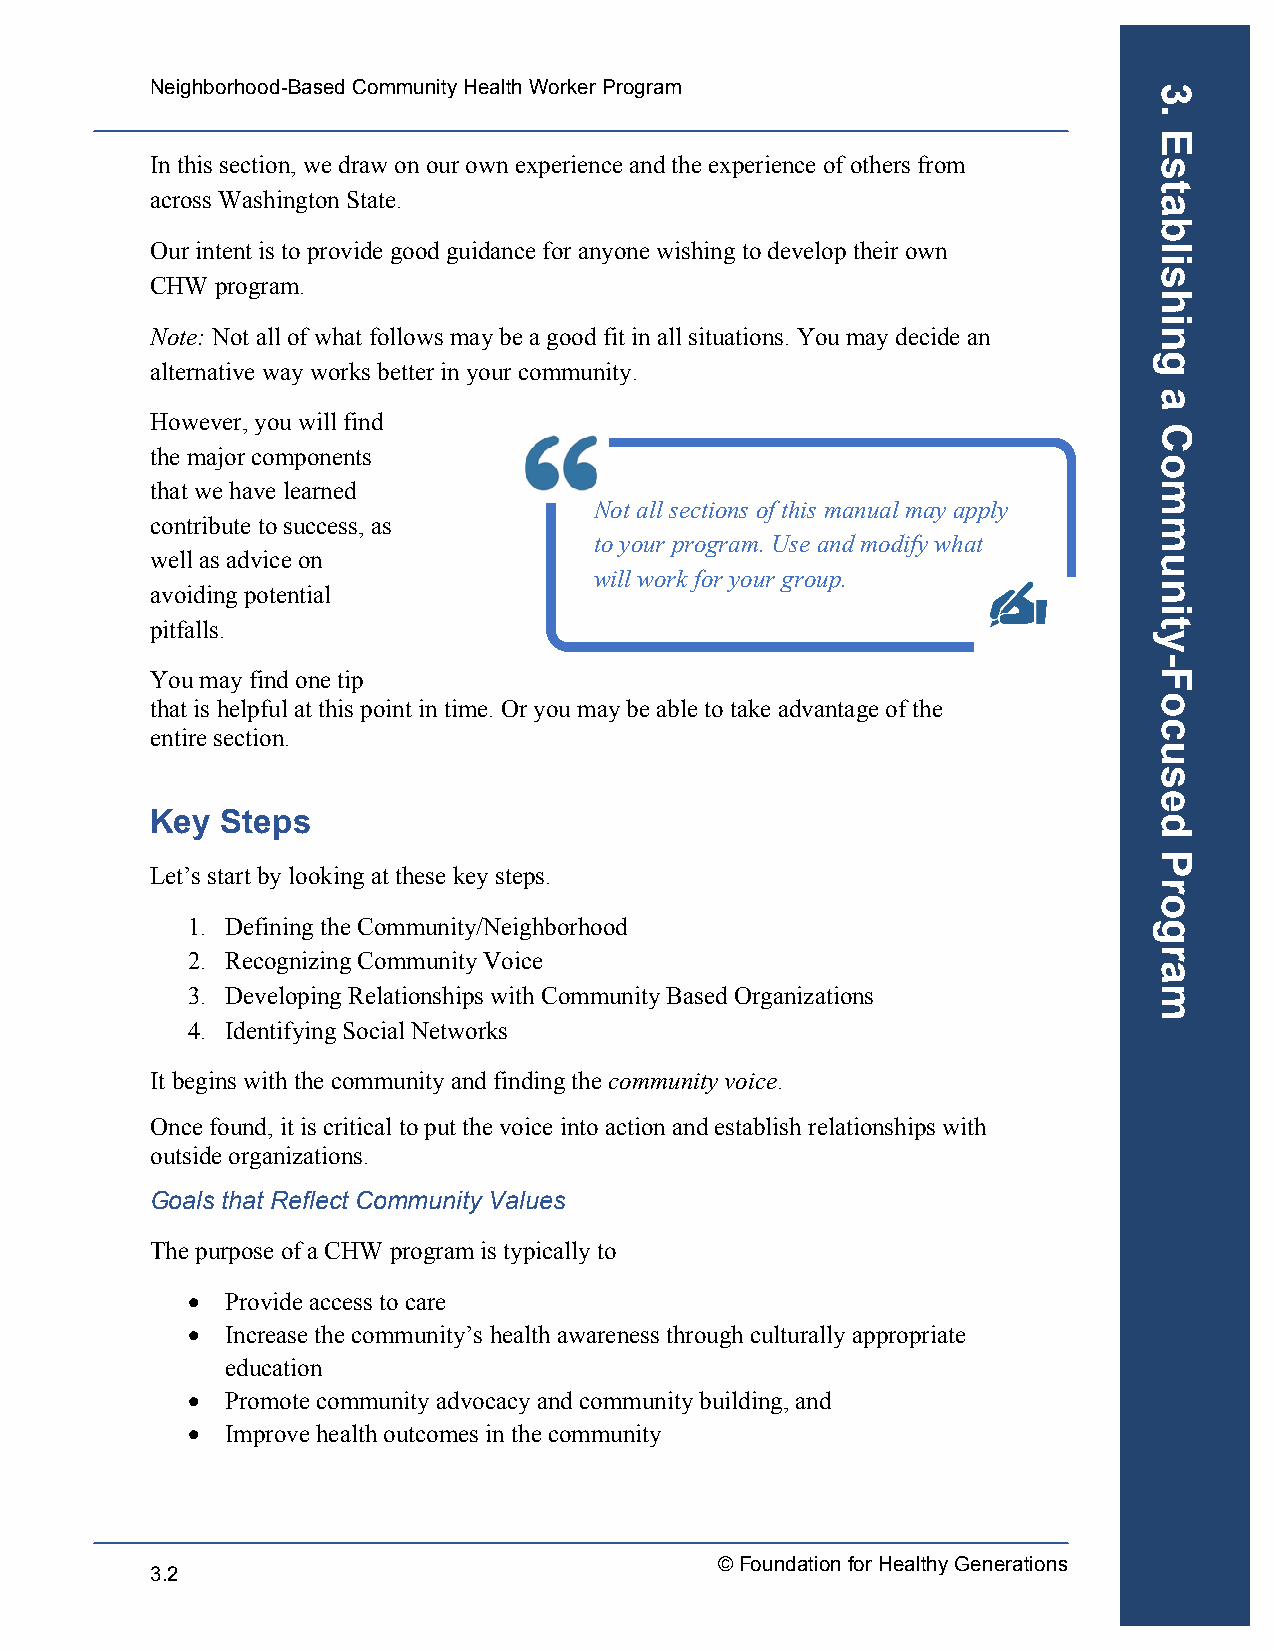
Neighborhood-Based Community Health Worker Program
 In this section, we draw on our own experience and the experience of others from
 across Washington State.
 Our intent is to provide good guidance for anyone wishing to develop their own
 CHW program.
 Note: Not all of what follows may be a good fit in all situations. You may decide an
 alternative way works better in your community.
 However, you will find
 the major components
 that we have learned
 Not all sections of this manual may apply
 contribute to success, as
 to your program. Use and modify what
 well as advice on
 will work for your group.
 avoiding potential
 pitfalls.
 You may find one tip
 that is helpful at this point in time. Or you may be able to take advantage of the
 entire section.
 Key  Steps
 Let’s start by looking at these key steps.
 1. Defining the Community/Neighborhood
 2. Recognizing Community Voice
 3. Developing Relationships with Community Based Organizations
 4. Identifying Social Networks
 It begins with the community and finding the community voice.
 Once found, it is critical to put the voice into action and establish relationships with
 outside organizations.
 Goals that Reflect Community Values
 The purpose of a CHW program is typically to
 •  Provide access to care
 •  Increase the community’s health awareness through culturally appropriate
 education
 •  Promote community advocacy and community building, and
 •  Improve health outcomes in the community
 © Foundation for Healthy Generations
 3.2
 3.
 Establishing
 a
 Community-Focused
 Program